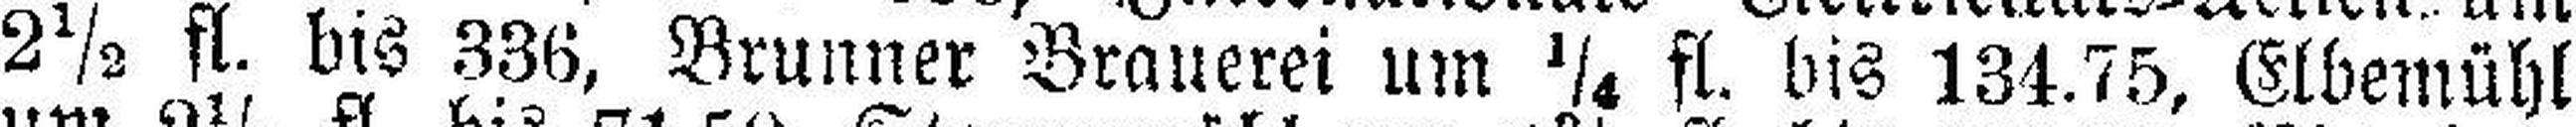
2½ fl. bis 336, Brunner Brauerei um ¼ fl. bis 134.75, Elbemühl